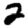
Digit: 2